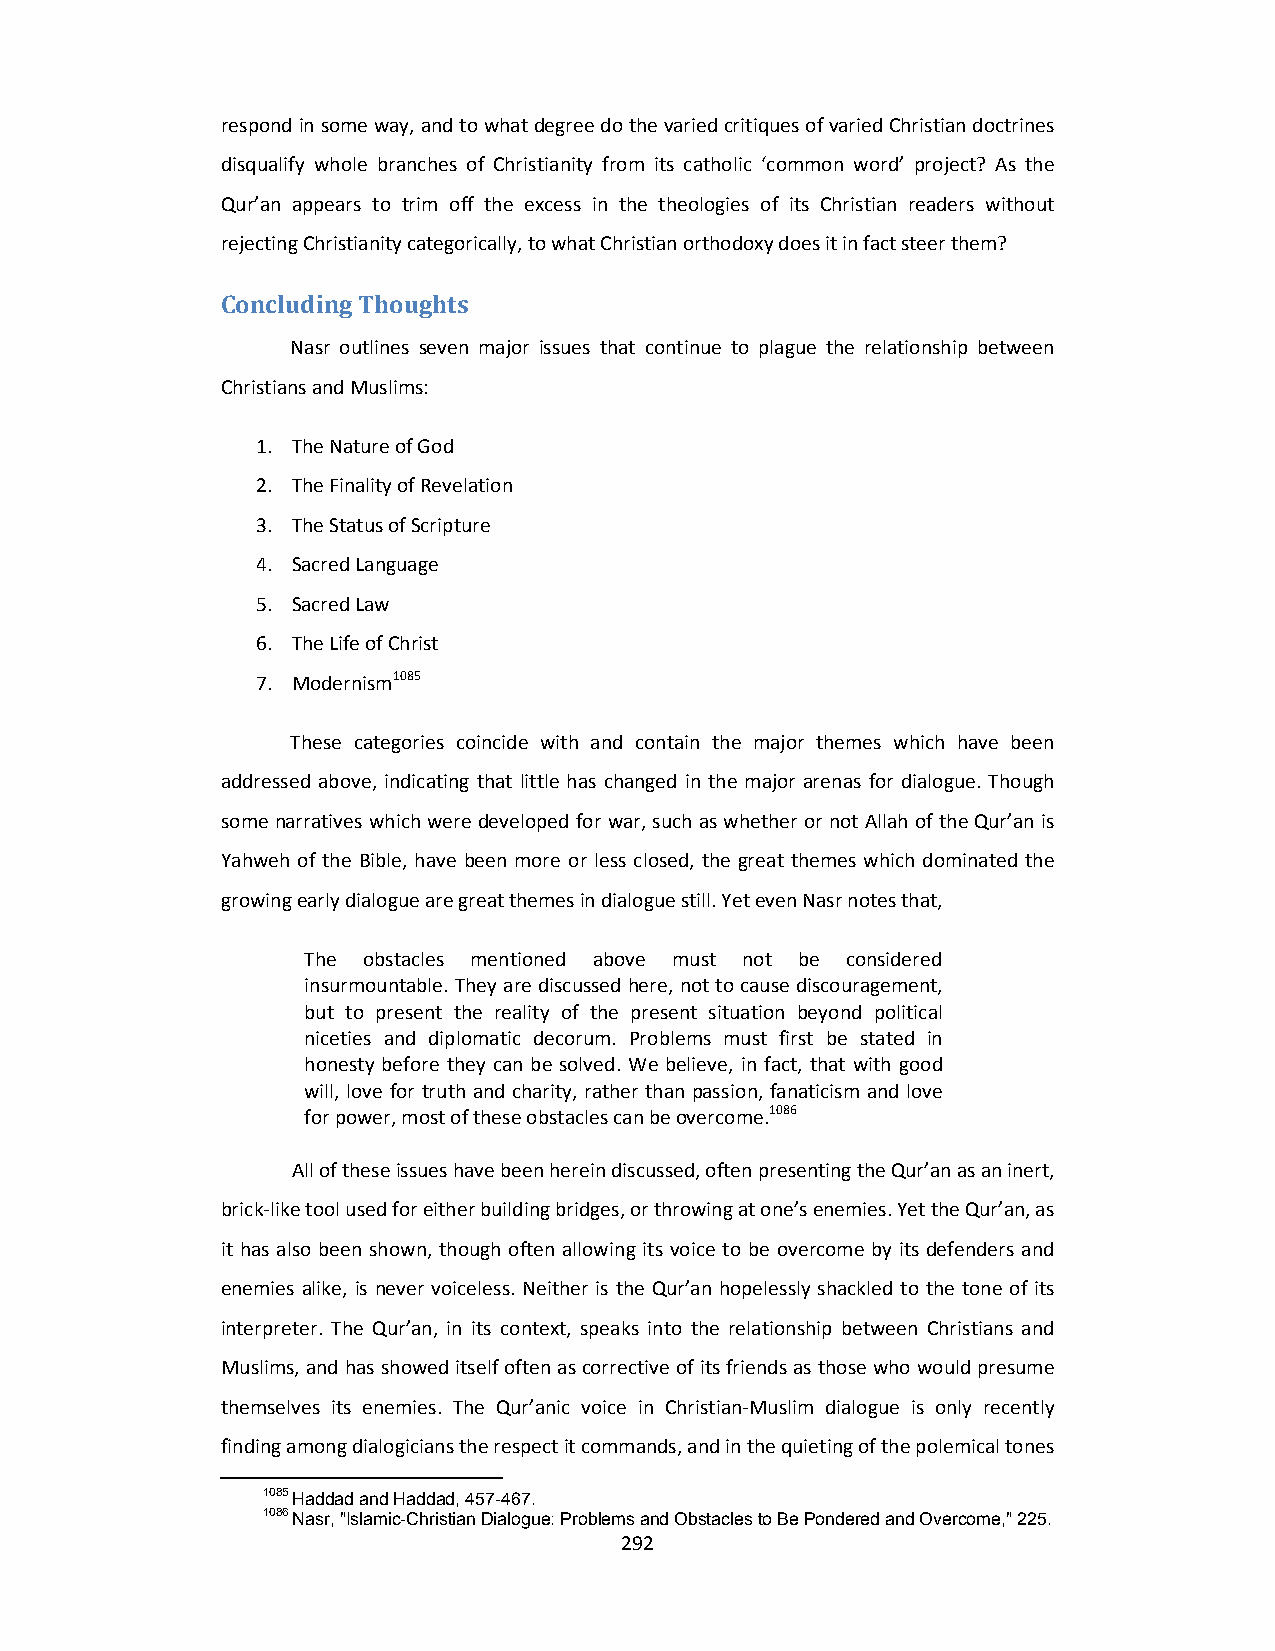
respond in some way, and to what degree do the varied critiques of varied Christian doctrines
 disqualify whole branches of Christianity from its catholic ‘common word’ project? As the
 Qur’an appears to trim off the excess in the theologies of its Christian readers without
 rejecting Christianity categorically, to what Christian orthodoxy does it in fact steer them?
 Concluding Thoughts
 Nasr outlines seven major issues that continue to plague the relationship between
 Christians and Muslims:
 1. The Nature of God
 2. The Finality of Revelation
 3. The Status of Scripture
 4. Sacred Language
 5. Sacred Law
 6. The Life of Christ
 7. Modernism1085
 These categories coincide with and contain the major themes which have been
 addressed above, indicating that little has changed in the major arenas for dialogue. Though
 some narratives which were developed for war, such as whether or not Allah of the Qur’an is
 Yahweh of the Bible, have been more or less closed, the great themes which dominated the
 growing early dialogue are great themes in dialogue still. Yet even Nasr notes that,
 The obstacles mentioned above must not be considered
 insurmountable. They are discussed here, not to cause discouragement,
 but to present the reality of the present situation beyond political
 niceties and diplomatic decorum. Problems must first be stated in
 honesty before they can be solved. We believe, in fact, that with good
 will, love for truth and charity, rather than passion, fanaticism and love
 for power, most of these obstacles can be overcome.1086
 All of these issues have been herein discussed, often presenting the Qur’an as an inert,
 brick‐like tool used for either building bridges, or throwing at one’s enemies. Yet the Qur’an, as
 it has also been shown, though often allowing its voice to be overcome by its defenders and
 enemies alike, is never voiceless. Neither is the Qur’an hopelessly shackled to the tone of its
 interpreter. The Qur’an, in its context, speaks into the relationship between Christians and
 Muslims, and has showed itself often as corrective of its friends as those who would presume
 themselves its enemies. The Qur’anic voice in Christian‐Muslim dialogue is only recently
 finding among dialogicians the respect it commands, and in the quieting of the polemical tones
 1085 Haddad and Haddad, 457-467.
 1086 Nasr, "Islamic-Christian Dialogue: Problems and Obstacles to Be Pondered and Overcome," 225.
 292